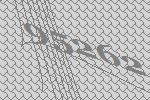
95262